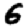
Digit: 6